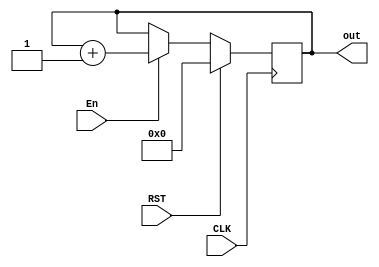
`timescale 1ns / 1ps
//////////////////////////////////////////////////////////////////////////////////
// Company: 
// Engineer: 
// 
// Design Name: 
// Module Name: contador_5
// Project Name: 
// Target Devices: 
// Tool Versions: 
// Description: 
// 
// Dependencies: 
// 
// Revision:
// Revision 0.01 - File Created
// Additional Comments:
// 
//////////////////////////////////////////////////////////////////////////////////


module contador_5(
    input CLK,RST,En,
    output reg [4:0] out
    );
   always @(posedge CLK)
      if (RST)
         out <= 5'b00000;
      else if (En)
         out <= out + 1'b1;
endmodule